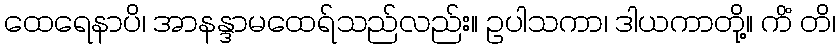
ထေရေနာပိ၊ အာနန္ဒာမထေရ်သည်လည်း။ ဥပါသကာ၊ ဒါယကာတို့။ ကိံ တိ၊